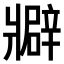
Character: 𤖟